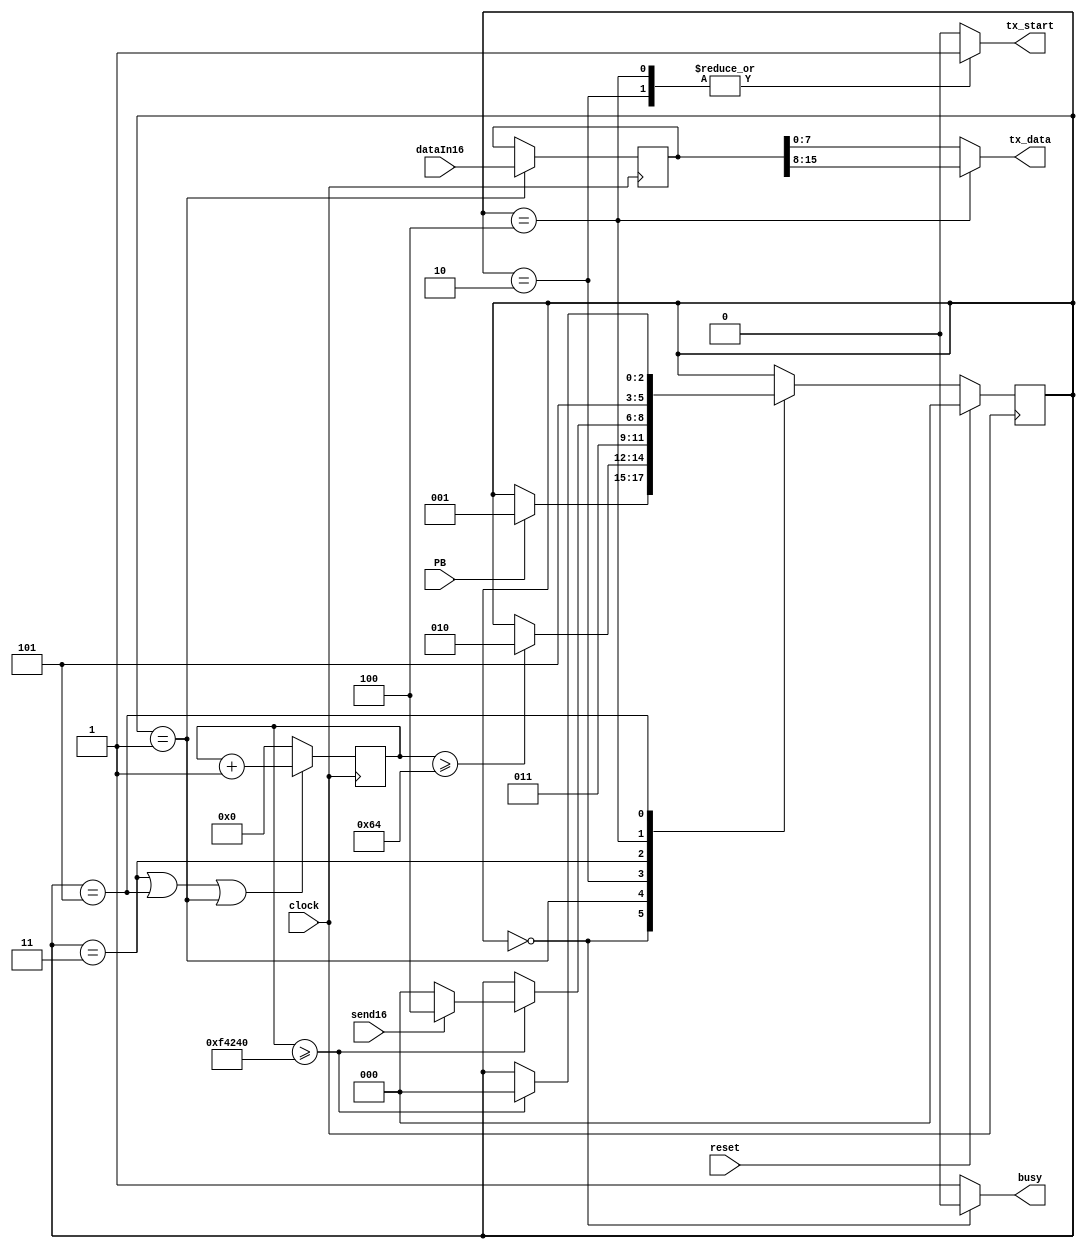
module TX_control
#(	parameter INTER_BYTE_DELAY = 1000000,   // ciclos de reloj de espera entre el envio de 2 bytes consecutivos
	parameter WAIT_FOR_REGISTER_DELAY = 100 // tiempo de espera para iniciar la transmision luego de registrar el dato a enviar
)(
	input clock,
	input reset,
	input PB,                  // Push Button
	input send16,              // Indica si se deben enviar 8 o 16 bits
	input [15:0] dataIn16,     // Dato que se desea transmitir de 16 bits
	output reg [7:0] tx_data,  // Datos entregados al driver UART para transmision
	output reg tx_start,       // Pulso para iniciar transmision por la UART
	output reg busy            // Indica si hay una transmision en proceso
    );
    
    reg [2:0]   next_state, state; 
    reg [15:0]  tx_data16;
    reg [31:0]  hold_state_timer;
   
    //state encoding
    localparam IDLE 				= 3'd0;  // Modo espera
    localparam REGISTER_DATAIN16 	= 3'd1;  // Cuando se presiona boton, registrar 16 bits a enviar
    localparam SEND_BYTE_0 			= 3'd2;  // Enviar el primer byte
    localparam DELAY_BYTE_0 		= 3'd3;  // Esperar un tiempo suficiente para que la transmision anterior termine
    localparam SEND_BYTE_1 			= 3'd4;  // Si es necesario, enviar el segundo byte
    localparam DELAY_BYTE_1 		= 3'd5;	 // Esperar a que la transmision anterior termine
    
    // combo logic of FSM
    always@(*) begin
        //default assignments
        next_state = state;
		busy = 1'b1;
		tx_start = 1'b0;
		tx_data = tx_data16[7:0];
    	
    	case (state)
    		IDLE: 	begin
						busy = 1'b0;
						if(PB) begin
							next_state=REGISTER_DATAIN16;
						end
					end

			REGISTER_DATAIN16:  begin
			                         if(hold_state_timer >= WAIT_FOR_REGISTER_DELAY)
				                        next_state=SEND_BYTE_0;				
					               end
            SEND_BYTE_0:	begin
								next_state = DELAY_BYTE_0;
								tx_start = 1'b1;
							end
            
            DELAY_BYTE_0: 	begin
								//tx_data = tx_data16[15:8];
								if(hold_state_timer >= INTER_BYTE_DELAY) begin
									if (send16)
										next_state = SEND_BYTE_1;
									else
										next_state = IDLE;
								end
							end

            SEND_BYTE_1: begin
                        tx_data = tx_data16[15:8];
						next_state = DELAY_BYTE_1;
						tx_start = 1'b1;
					end
								
			DELAY_BYTE_1: begin
						if(hold_state_timer >= INTER_BYTE_DELAY)
							next_state = IDLE;
					end	
    	endcase
    end	

    //when clock ticks, update the state
    always@(posedge clock) begin
    	if(reset)
    		state <= IDLE;
    	else
    		state <= next_state;
	end
	
	// registra los datos a enviar
	always@ (posedge clock) begin
		if(state == REGISTER_DATAIN16)
			tx_data16 <= dataIn16;
	end
	
	//activa timer para retener un estado por cierto numero de ciclos de reloj
	always@(posedge clock) begin
    	if(state == DELAY_BYTE_0 || state == DELAY_BYTE_1 || state == REGISTER_DATAIN16) begin
    		hold_state_timer <= hold_state_timer + 1;
    	end else begin
    		hold_state_timer <= 0;
    	end
	end

endmodule